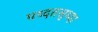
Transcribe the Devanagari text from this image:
पध्दतसुध्दा